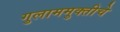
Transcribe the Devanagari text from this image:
गुलाममुक्तीचे